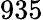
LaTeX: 935